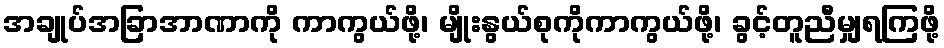
အချုပ်အခြာအာဏာကို ကာကွယ်ဖို့၊ မျိုးနွယ်စုကိုကာကွယ်ဖို့၊ ခွင့်တူညီမျှရကြဖို့